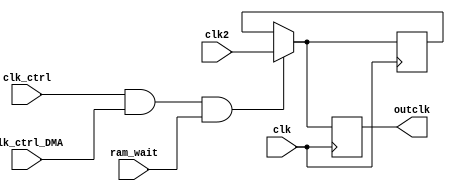
`timescale 1ns / 1ps
//////////////////////////////////////////////////////////////////////////////////
// Company: 
// Engineer: 
// 
// Design Name: 
// Module Name: z80_clk_ctrl
// Project Name: 
// Target Devices: 
// Tool Versions: 
// Description: 
// 
// Dependencies: 
// 
// Revision:
// Revision 0.01 - File Created
// Additional Comments:
// 
//////////////////////////////////////////////////////////////////////////////////


module z80_clk_ctrl(
    input wire clk,
	 input wire clk2,
    input wire clk_ctrl,
    input wire clk_ctrl_DMA,
//	 input wire sdram_ready,
	 input wire ram_wait,
    output reg outclk
    );
    
   // reg [1:0] speed;
	reg oldclk;
    
    //assign outclk=(clk_ctrl & clk_ctrl_DMA & sdram_ready)?clk:0;
	 //assign outclk=(clk_ctrl & clk_ctrl_DMA & ~ram_wait)?clk2:0;
    //assign outclk=(clk_ctrl & clk_ctrl_DMA)?speed[1]:0;
    
    always @(posedge clk)
    begin
      //  speed<=speed+1;
		//if (clk_ctrl & clk_ctrl_DMA & ~ram_wait)
		if (clk_ctrl & clk_ctrl_DMA & ram_wait)
		begin
			outclk<=clk2;
			oldclk<=clk2;
		end
		else
		begin
			outclk<=oldclk;
		end
    end
	 /*always @(negedge clk)
    begin
        outclk<=(clk_ctrl & clk_ctrl_DMA & sdram_ready)?clk:1;
    end*/
	 
endmodule